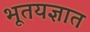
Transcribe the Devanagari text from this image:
भूतयज्ञात